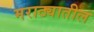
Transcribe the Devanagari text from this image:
मराठ्यातील